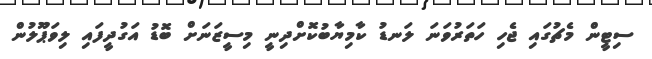
ސިޓީން މެޗުގައި ޖެހި ހަތަރުވަނަ ލަނޑު ކާމިޔާބުކޮށްދިނީ މިސީޒަނަށް ބޮޑު އަގުދީފައި ލިވަޕޫލުން